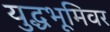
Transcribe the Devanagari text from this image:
युद्धभूमिवर